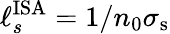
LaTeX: \ell_{s}^{\mathrm{ISA}}=1/n_{0}\sigma_{\mathrm{s}}